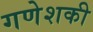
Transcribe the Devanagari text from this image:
गणेशकी